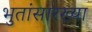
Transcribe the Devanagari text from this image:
भुतांसारख्या